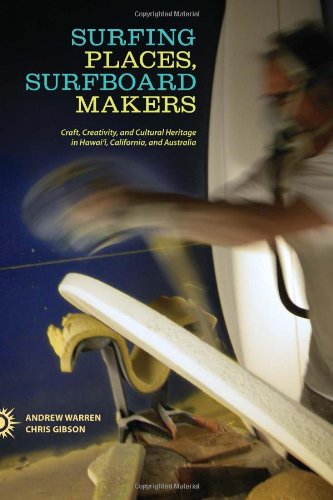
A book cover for Surfing Places, Surfboard Makers; Andrew Warren; Sports & Outdoors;